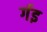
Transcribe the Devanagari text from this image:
र्गइ